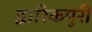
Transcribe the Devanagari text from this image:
द्वारिकपुरी